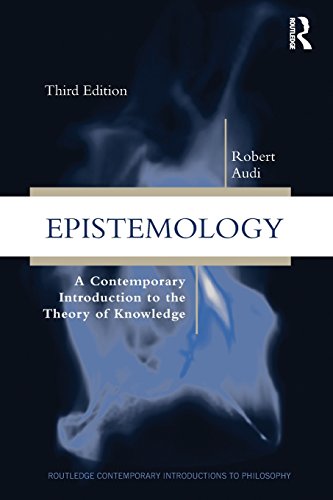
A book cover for Epistemology: A Contemporary Introduction to the Theory of Knowledge, 3rd Edition; Robert Audi; Politics & Social Sciences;